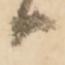
ハ